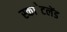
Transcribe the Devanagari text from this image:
स्का॓टलेंड